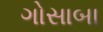
ગોસાબા